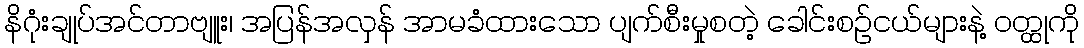
နိဂုံးချုပ်အင်တာဗျူး၊ အပြန်အလှန် အာမခံထားသော ပျက်စီးမှုစတဲ့ ခေါင်းစဉ်ငယ်များနဲ့ ဝတ္ထုကို